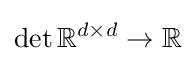
\det \mathbb {R} ^{d\times d}\rightarrow \mathbb {R}